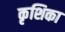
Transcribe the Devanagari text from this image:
कृशिका